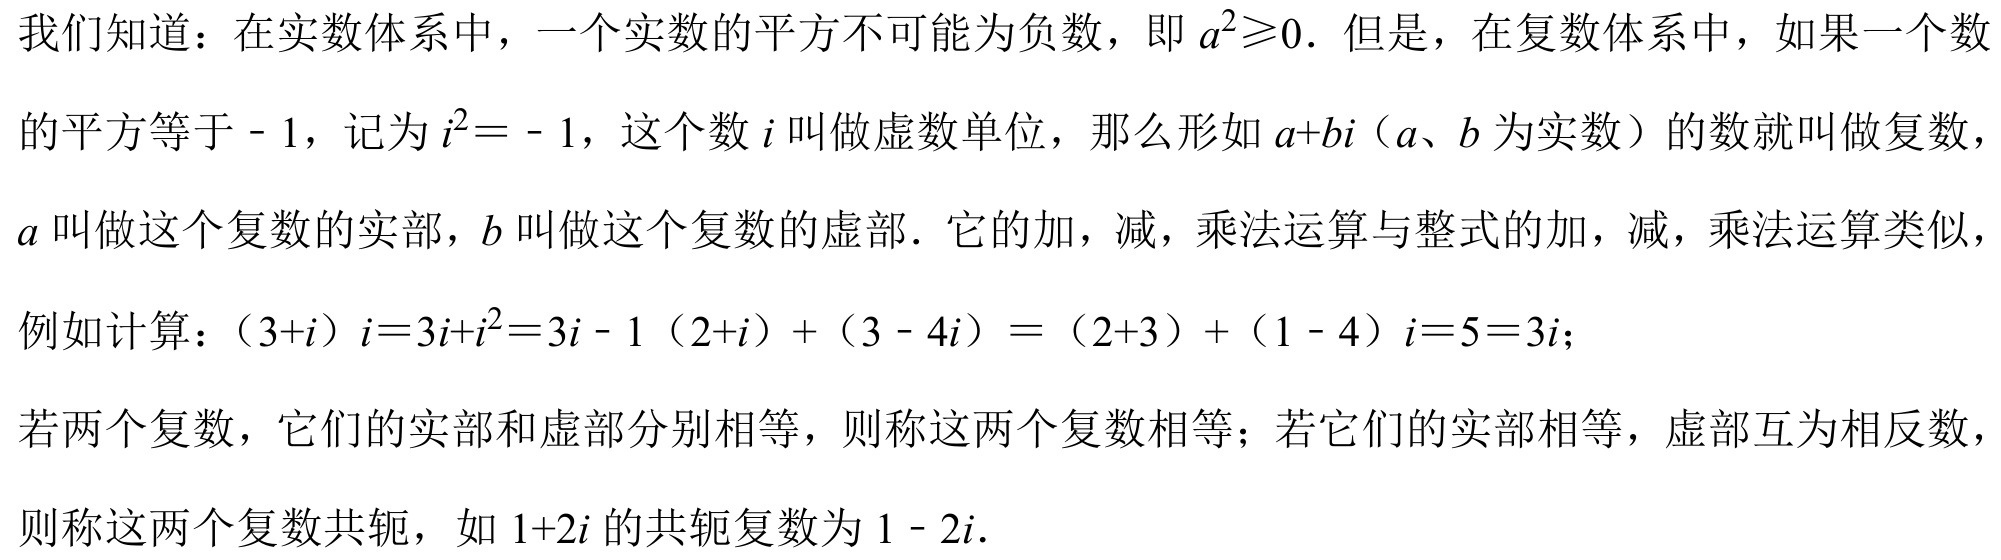
我们知道：在实数体系中，一个实数的平方不可能为负数，即 \(a^{2}\geqslant0\)．但是，在复数体系中，如果一个数
的平方等于 - 1，记为 \(i^{2} = - 1\)，这个数 \(i\) 叫做虚数单位，那么形如 \(a + bi\)（\(a、b\) 为实数）的数就叫做复数，
\(a\) 叫做这个复数的实部，\(b\) 叫做这个复数的虚部．它的加，减，乘法运算与整式的加，减，乘法运算类似，
例如计算：\((3 + i)i = 3i + i^{2}=3i - 1\) \((2 + i)+(3 - 4i)=(2 + 3)+(1 - 4)i = 5-3i\)；
若两个复数，它们的实部和虚部分别相等，则称这两个复数相等；若它们的实部相等，虚部互为相反数，
则称这两个复数共轭，如 \(1 + 2i\) 的共轭复数为 \(1 - 2i\)．